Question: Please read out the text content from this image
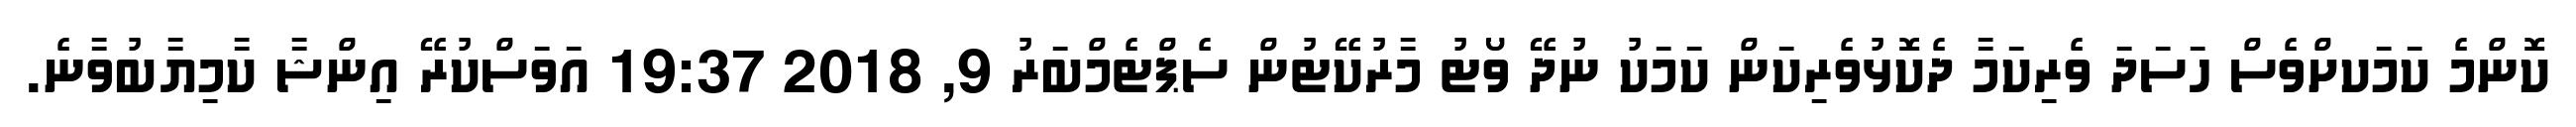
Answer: ކޮންމެ ކަމަކށްވެސް ހަސަދަ ވެރިކަމާ ދެކޮޅުވެރިކަން ކަމަކު ނުދޭ ވޯޓު މާރުކޭޓުން ސެޕްޓެމްބަރު 9, 2018 19:37 އަވަސްކުރޭ އިންޝާ ކާމިޔާބުވާނެ.